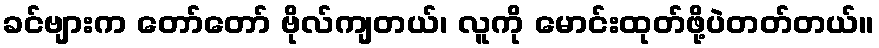
ခင်ဗျားက တော်တော် ဗိုလ်ကျတယ်၊ လူကို မောင်းထုတ်ဖို့ပဲတတ်တယ်။